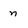
Character: n